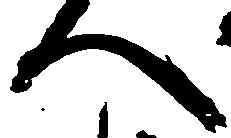
へ